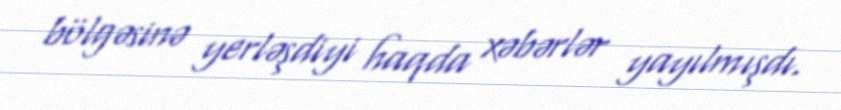
bölgəsinə yerləşdiyi haqda xəbərlər yayılmışdı.